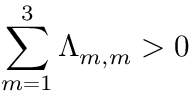
\sum _ { m = 1 } ^ { 3 } \Lambda _ { m , m } > 0